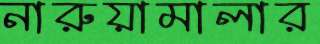
নারুয়ামালার